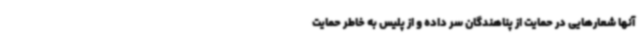
آنها شعارهایی در حمایت از پناهندگان سر داده و از پلیس به خاطر حمایت